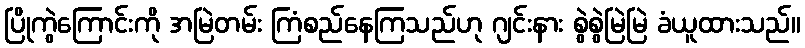
ပြိုကွဲကြောင်းကို အမြဲတမ်း ကြံစည်နေကြသည်ဟု ဂျင်းနား စွဲစွဲမြဲမြဲ ခံယူထားသည်။